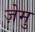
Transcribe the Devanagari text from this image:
ज़ेमु